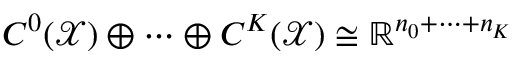
C ^ { 0 } ( \mathcal { X } ) \oplus \dots \oplus C ^ { K } ( \mathcal { X } ) \cong \mathbb { R } ^ { n _ { 0 } + \dots + n _ { K } }